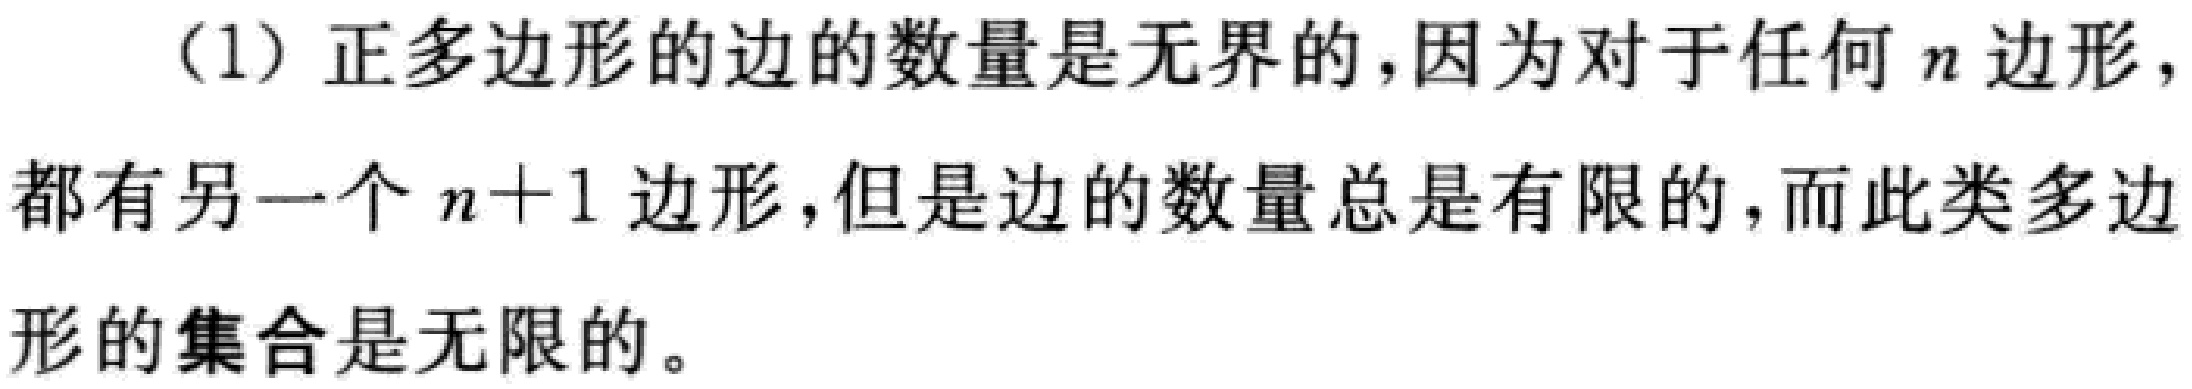
（1）正多边形的边的数量是无界的，因为对于任何\(n\)边形，都有另一个\(n + 1\)边形，但是边的数量总是有限的，而此类多边形的集合是无限的。